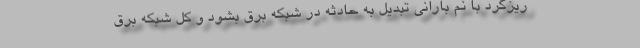
ريزگرد با نم باراني تبديل به حادثه در شبكه برق بشود و كل شبكه برق